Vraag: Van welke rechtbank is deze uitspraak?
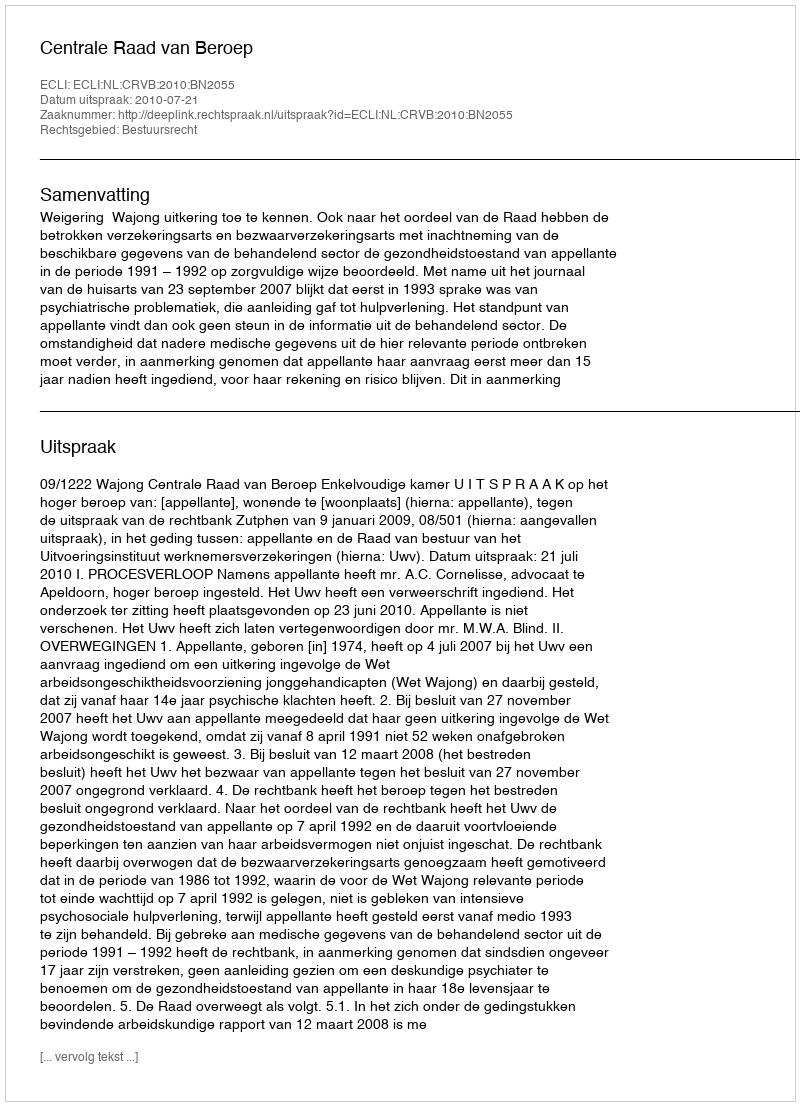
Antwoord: Centrale Raad van Beroep